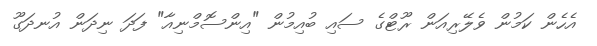
އެހެން ކަމުން ވެލޭރިއަން ރޫޓްގެ ސައި ބުއިމުން "އިންސޮމްނިއާ" ފަދަ ނިދަން އުނދަގޫ